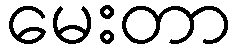
မေးတာ